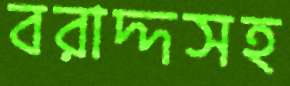
বরাদ্দসহ